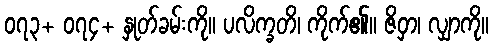
၀၇၃+ ၀၇၄+ နှုတ်ခမ်းကို။ ပလိက္ခတိ၊ ကိုက်၏။ ဇိဝှာ၊ လျှာကို။